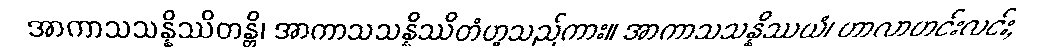
အာကာသသန္နိဿိတန္တိ၊ အာကာသသန္နိဿိတံဟူသည်ကား။ အာကာသသန္နိဿယံ၊ ဟာလာဟင်းလင်း,